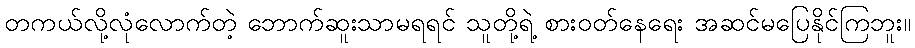
တကယ်လို့လုံလောက်တဲ့ ဘောက်ဆူးသာမရရင် သူတို့ရဲ့ စားဝတ်နေရေး အဆင်မပြေနိုင်ကြဘူး။